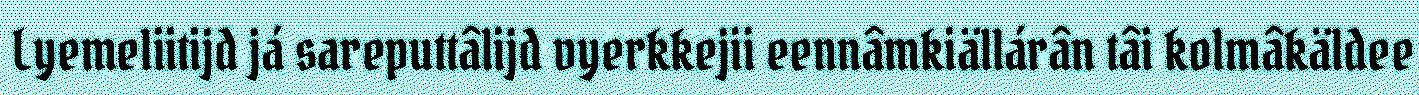
Lyemeliitijd já sareputtâlijd vyerkkejii eennâmkiällárân tâi kolmâkäldee